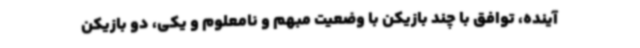
آینده، توافق با چند بازیکن با وضعیت مبهم و نامعلوم و یکی، دو بازیکن